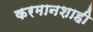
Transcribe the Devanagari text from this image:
करमानशाही